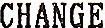
CHANGE